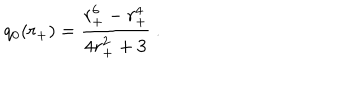
LaTeX: q _ { 0 } ( r _ { + } ) = { \frac { r _ { + } ^ { 6 } - r _ { + } ^ { 4 } } { 4 r _ { + } ^ { 2 } + 3 } } \ .